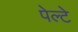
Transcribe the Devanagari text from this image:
पेल्टे